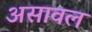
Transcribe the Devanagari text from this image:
असावल